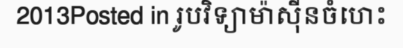
2013Posted in រូបវិទ្យាម៉ាស៊ីនចំហេះ